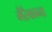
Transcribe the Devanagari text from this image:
मैरैकाना